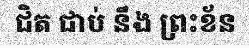
ជិត ជាប់ នឹង ព្រះខ័ន